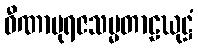
ဝီဏာမုရဇသမ္မတာဠဃုဋ္ဌံ